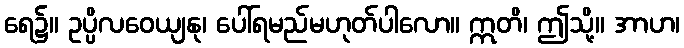
ရေ၌။ ဥပ္ပိလဝေယျနု၊ ပေါ်ရမည်မဟုတ်ပါလော။ ဣတိ၊ ဤသို့။ အာဟ၊